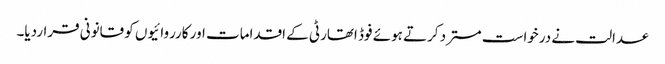
عدالت نے درخواست مسترد کرتے ہوئے فوڈ اتھارٹی کے اقدامات اور کارروائیوں کو قانونی قراردیا۔